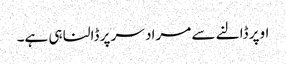
اوپر ڈالنے سے مراد سر پر ڈالنا ہی ہے۔